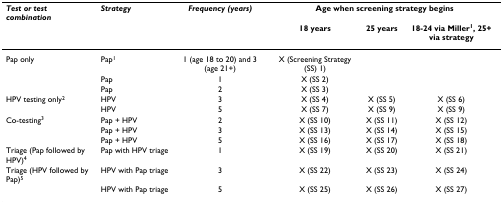
<table><thead><tr><td><b><i>Test or test combination</i></b></td><td><b><i>Strategy</i></b></td><td><b><i>Frequency (years)</i></b></td><td colspan="3"><b>Age when screening strategy begins</b></td></tr><tr><td></td><td></td><td></td><td><b>18 years</b></td><td><b>25 years</b></td><td><b>18-24 via Miller<sup>1</sup>, 25+ via strategy</b></td></tr></thead><tbody><tr><td>Pap only</td><td>Pap<sup>1</sup></td><td>1 (age 18 to 20) and 3 (age 21+)</td><td>X (Screening Strategy (SS) 1)</td><td></td><td></td></tr><tr><td></td><td>Pap</td><td>1</td><td>X (SS 2)</td><td></td><td></td></tr><tr><td></td><td>Pap</td><td>2</td><td>X (SS 3)</td><td></td><td></td></tr><tr><td>HPV testing only<sup>2</sup></td><td>HPV</td><td>3</td><td>X (SS 4)</td><td>X (SS 5)</td><td>X (SS 6)</td></tr><tr><td></td><td>HPV</td><td>5</td><td>X (SS 7)</td><td>X (SS 9)</td><td>X (SS 9)</td></tr><tr><td>Co-testing<sup>3</sup></td><td>Pap + HPV</td><td>2</td><td>X (SS 10)</td><td>X (SS 11)</td><td>X (SS 12)</td></tr><tr><td></td><td>Pap + HPV</td><td>3</td><td>X (SS 13)</td><td>X (SS 14)</td><td>X (SS 15)</td></tr><tr><td></td><td>Pap + HPV</td><td>5</td><td>X (SS 16)</td><td>X (SS 17)</td><td>X (SS 18)</td></tr><tr><td>Triage (Pap followed by HPV)<sup>4</sup></td><td>Pap with HPV triage</td><td>1</td><td>X (SS 19)</td><td>X (SS 20)</td><td>X (SS 21)</td></tr><tr><td>Triage (HPV followed by Pap)<sup>5</sup></td><td>HPV with Pap triage</td><td>3</td><td>X (SS 22)</td><td>X (SS 23)</td><td>X (SS 24)</td></tr><tr><td></td><td>HPV with Pap triage</td><td>5</td><td>X (SS 25)</td><td>X (SS 26)</td><td>X (SS 27)</td></tr></tbody></table>